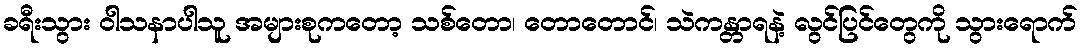
ခရီးသွား ဝါသနာပါသူ အများစုကတော့ သစ်တော၊ တောတောင်၊ သဲကန္တာရနဲ့ လွင်ပြင်တွေကို သွားရောက်